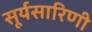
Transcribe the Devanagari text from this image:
सूर्यसारिणी